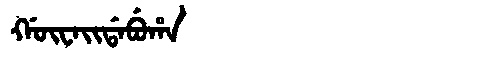
Manchu: ᡤᡡᠸᠠᡳᡩᠠᠪᡠᡥᠠ
Romanization: GŪWAIDABUHA